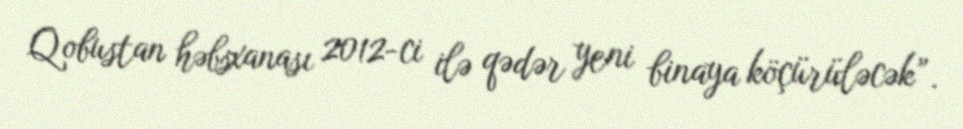
Qobustan həbsxanası 2012-ci ilə qədər yeni binaya köçürüləcək”.